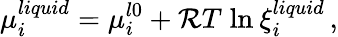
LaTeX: \mu_{i}^{liquid}=\mu_{i}^{l0}+\mathcal{R}T\; \mathrm{{ln}}\: \xi_{i}^{liquid}\, ,